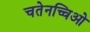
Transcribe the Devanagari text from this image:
चतेनच्चिओ